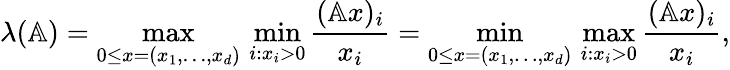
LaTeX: \lambda(\mathbb{A})=\operatorname*{max}_{0\leq x=(x_{1},\ldots,x_{d})}\, \operatorname*{min}_{i:x_{i}>0}\frac{(\mathbb{A}x)_{i}}{x_{i}}=\operatorname*{min}_{0\leq x=(x_{1},\ldots,x_{d})}\, \operatorname*{max}_{i:x_{i}>0}\frac{(\mathbb{A}x)_{i}}{x_{i}},